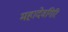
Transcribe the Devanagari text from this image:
महादेवगिरि